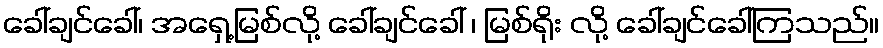
ခေါ်ချင်ခေါ်၊ အရှေ့မြစ်လို့ ခေါ်ချင်ခေါ် ၊ မြစ်ရိုး လို့ ခေါ်ချင်ခေါ်ကြသည်။